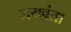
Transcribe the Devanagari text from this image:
जयवंता